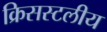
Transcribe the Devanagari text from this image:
क्रिसस्टलीय